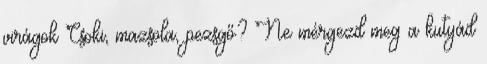
virágok Csoki, mazsola, pezsgő? Ne mérgezd meg a kutyád